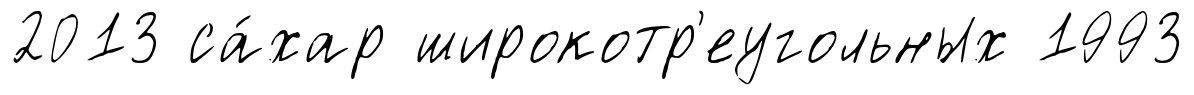
2013 са́хар широкотр'еугольных 1993